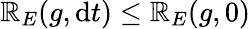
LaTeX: \mathbb{R}_{E}(g,\mathrm{d}t)\leq\mathbb{R}_{E}(g,0)